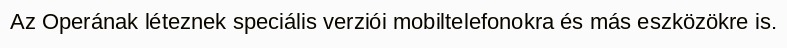
Az Operának léteznek speciális verziói mobiltelefonokra és más eszközökre is.